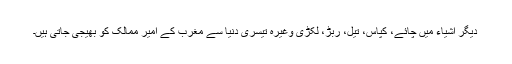
دیگر اشیاء میں چائے، کپاس، تیل، ربڑ، لکڑی وغیرہ تیسری دنیا سے مغرب کے امیر ممالک کو بھیجی جاتی ہیں۔